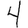
Digit: 4